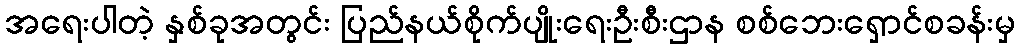
အရေးပါတဲ့ နှစ်ခုအတွင်း ပြည်နယ်စိုက်ပျိုးရေးဦးစီးဌာန စစ်ဘေးရှောင်စခန်းမှ